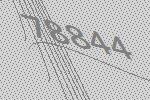
78844